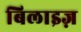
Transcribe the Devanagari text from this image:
बिलाइज़